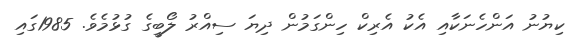
ކިޔުނު އަންހެނަކާއި އެކު އެރިކް ހިންގަމުން ދިޔަ ސިއްރު ލޯބީގެ ގުޅުމެވެ. 1985ގައި